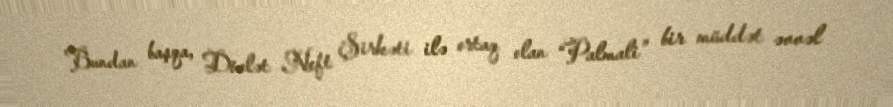
Bundan başqa, Dövlət Neft Şirkəti ilə ortaq olan “Palmali” bir müddət əvvəl